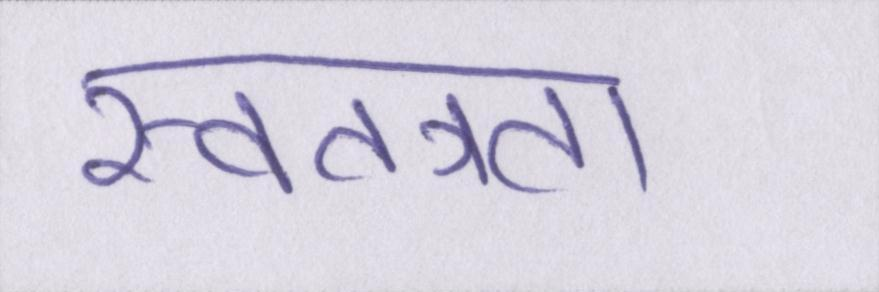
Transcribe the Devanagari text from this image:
स्वतत्रता